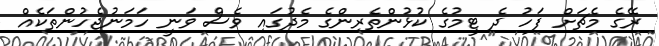
ރޭގެ މެޗަށް ފަހު ދެ ޓީމުގެ ކުޅުންތެރިންގެ މެދުގައި ވެސް ވަނީ ހަމަނުޖެހުންތަކެއް